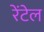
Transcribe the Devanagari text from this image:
रेंटेल